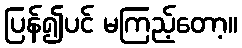
ပြန်၍ပင် မကြည့်တော့။